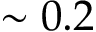
\sim 0 . 2